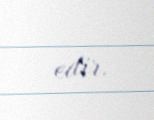
edir.